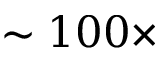
\sim 1 0 0 \times